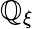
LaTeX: \mathbb{Q}_{\xi}